Report on vaccination in the Province of Bengal - 1869-1873
Year: 1869
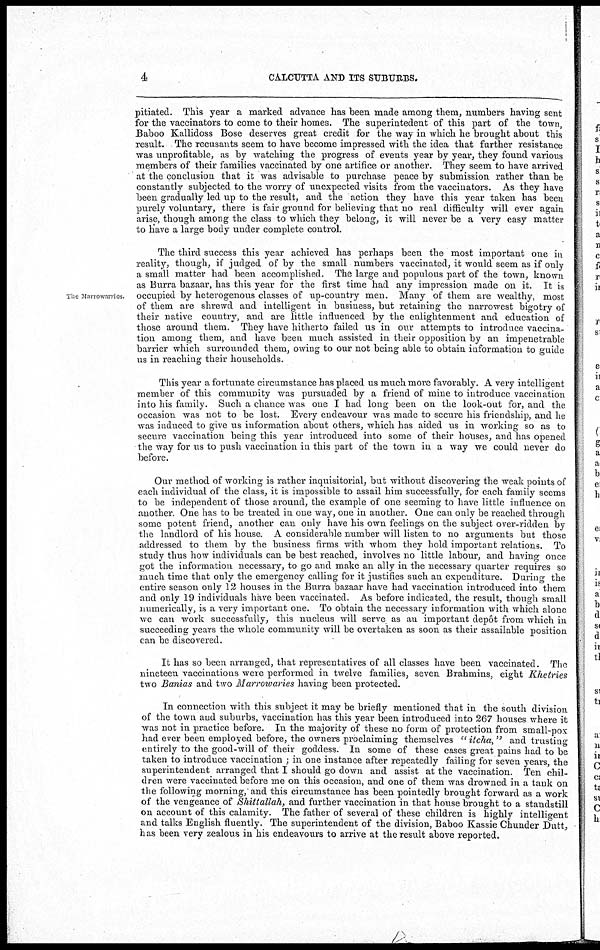
4
CALCUTTA AND ITS SUBURBS.
pitiated. This year a marked advance has been made among them, numbers having sent
for the vaccinators to come to their homes. The superintedent of this part of the town,
Baboo Kallidoss Bose deserves great credit for the way in which he brought about this
result. The recusants seem to have become impressed with the idea that further resistance
was unprofitable, as by watching the progress of events year by year, they found various
members of their families vaccinated by one artifice or another. They seem to have arrived
at the conclusion that it was advisable to purchase peace by submission rather than be
constantly subjected to the worry of unexpected visits from the vaccinators. As they have
been gradually led up to the result, and the action they have this year taken has been
purely voluntary, there is fair ground for believing that no real difficulty will ever again
arise, though among the class to which they belong, it will never be a very easy matter
to have a large body under complete control.
The Marrowarries.
The third success this year achieved has perhaps been the most important one in
reality, though, if judged of by the small numbers vaccinated, it would seem as if only
a small matter had been accomplished. The large and populous part of the town, known
as Burra bazaar, has this year for the first time had any impression made on it. It is
occupied by heterogenous classes of up-country men. Many of them are wealthy, most
of them are shrewd and intelligent in business, but retaining the narrowest bigotry of
their native country, and are little influenced by the enlightenment and education of
those around them. They have hitherto failed us in our attempts to introduce vaccina-
tion among them, and have been much assisted in their opposition by an impenetrable
barrier which surrounded them, owing to our not being able to obtain information to guide
us in reaching their households.
This year a fortunate circumstance has placed us much more favorably. A very intelligent
member of this community was pursuaded by a friend of mine to introduce vaccination
into his family. Such a chance was one I had long been on the look-out for, and the
occasion was not to be lost. Every endeavour was made to secure his friendship, and he
was induced to give us information about others, which has aided us in working so as to
secure vaccination being this year introduced into some of their houses, and has opened
the way for us to push vaccination in this part of the town in a way we could never do
before.
Our method of working is rather inquisitorial, but without discovering the weak points of
each individual of the class, it is impossible to assail him successfully, for each family seems
to be independent of those around, the example of one seeming to have little influence on
another. One has to be treated in one way, one in another. One can only be reached through
some potent friend, another can only have his own feelings on the subject over-ridden by
the landlord of his house. A considerable number will listen to no arguments but those
addressed to them by the business firms with whom they hold important relations. To
study thus how individuals can be best reached, involves no little labour, and having once
got the information necessary, to go and make an ally in the necessary quarter requires so
much time that only the emergency calling for it justifies such an expenditure. During the
entire season only 12 houses in the Burra bazaar have had vaccination introduced into them
and only 19 individuals have been vaccinated. As before indicated, the result, though small
numerically, is a very important one. To obtain the necessary information with which alone
we can work successfully, this nucleus will serve as an important depôt from which in
succeeding years the whole community will be overtaken as soon as their assailable position
can be discovered.
It has so been arranged, that representatives of all classes have been vaccinated. The
nineteen vaccinations were performed in twelve families, seven Brahmins, eight Khetries
two Banias and two Marrowaries having been protected.
In connection with this subject it may be briefly mentioned that in the south division
of the town and suburbs, vaccination has this year been introduced into 267 houses where it
was not in practice before. In the majority of these no form of protection from small-pox
had ever been employed before, the owners proclaiming themselves " itcha," and trusting
entirely to the good-will of their goddess. In some of these cases great pains had to be
taken to introduce vaccination ; in one instance after repeatedly failing for seven years, the
superintendent arranged that I should go down and assist at the vaccination. Ten chil-
dren were vaccinated before me on this occasion, and one of them was drowned in a tank on
the following morning, and this circumstance has been pointedly brought forward as a work
of the vengeance of Shittallah, and further vaccination in that house brought to a standstill
on account of this calamity. The father of several of these children is highly intelligent
and talks English fluently. The superintendent of the division, Baboo Kassie Chunder Dutt,
has been very zealous in his endeavours to arrive at the result above reported.